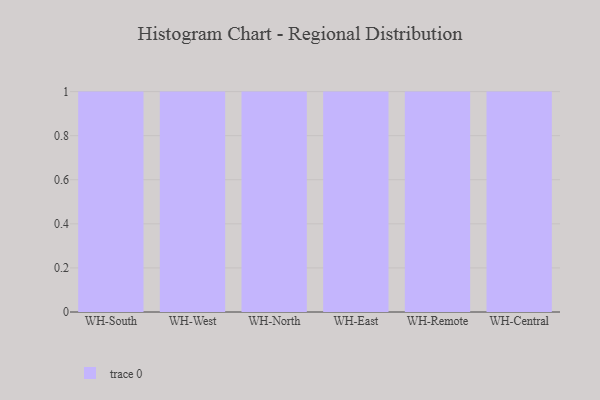
{"axis": {"x": "Warehouse", "y": "Net Income (USD K)"}, "legend": [""], "data": [{"x": "WH-South", "y": 94, "type": ""}, {"x": "WH-West", "y": 15, "type": ""}, {"x": "WH-North", "y": 86, "type": ""}, {"x": "WH-East", "y": 30, "type": ""}, {"x": "WH-Remote", "y": 71, "type": ""}, {"x": "WH-Central", "y": 43, "type": ""}]}